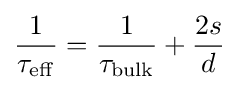
{\frac {1}{\tau _{\mathrm {eff} }}}={\frac {1}{\tau _{\mathrm {bulk} }}}+{\frac {2s}{d}}